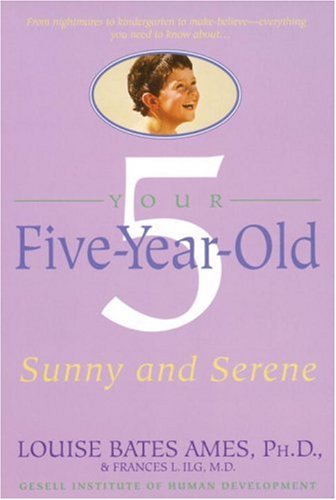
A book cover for Your Five-Year-Old: Sunny and Serene; Louise Bates Ames; Parenting & Relationships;